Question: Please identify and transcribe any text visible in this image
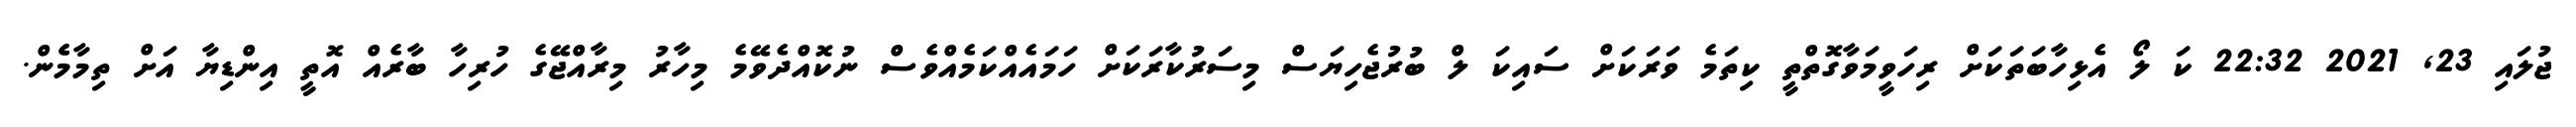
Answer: ޖުލައި 23, 2021 22:32 ކަ ލޯ އެޅިހާބަތަކަށް ރިހަވީމަވާގޮތްތީ ކިތަމެ ވަރަކަށް ސައިކަ ލް ބުރުޖެހިޔަސް މިސަރުކާރަކަށް ހަމައެއްކަމެއްވެސް ނުކޮއްދެވޭމެ މިހާރު މިރާއްޖޭގެ ހުރިހާ ބާރެއް އޮތީ އިންޑިޔާ އަށް ތިމާމެެން.